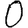
Digit: 0